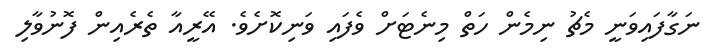
ނަގާފައިވަނީ މެޗު ނިމެން ހަތް މިނެޓަށް ވެފައި ވަނިކޮށެވެ. އޭރީއާ ތެރެއިން ފޮނުވާލި